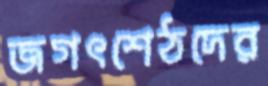
জগৎশেঠদের